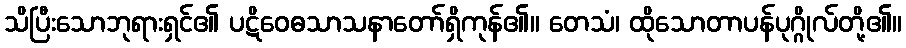
သိပြီးသောဘုရားရှင်၏ ပဋိဝေဓသာသနာတော်ရှိကုန်၏။ တေသံ၊ ထိုသောတာပန်ပုဂ္ဂိုလ်တို့၏။